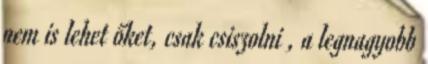
nem is lehet őket, csak csiszolni , a legnagyobb